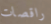
راقصات